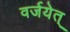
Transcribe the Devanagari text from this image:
वर्जयेत्